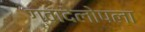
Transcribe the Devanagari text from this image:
ग्वादेलोपला